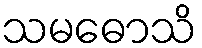
သမဓောသိ